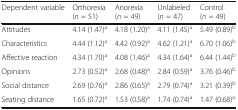
| Dependent variable | Orthorexia(n = 51) | Anorexia(n = 49) | Unlabeled(n = 47) | Control(n = 49) |
 | --- | --- | --- | --- | --- |
 | Attitudes | 4.14 (1.47)a | 4.18 (1.20)a | 4.11 (1.45)a | 5.49 (0.89)b |
 | Characteristics | 4.44 (1.12)a | 4.42 (0.92)a | 4.62 (1.21)a | 6.70 (1.06)b |
 | Affective reaction | 4.34 (1.70)a | 4.08 (1.46)a | 4.34 (1.64)a | 6.44 (1.44)b |
 | Opinions | 2.73 (0.52)a | 2.68 (0.48)a | 2.84 (0.59)a | 3.76 (0.46)b |
 | Social distance | 2.69 (0.76)a | 2.86 (0.65)a | 2.79 (0.74)a | 3.21 (0.39)b |
 | Seating distance | 1.65 (0.72)a | 1.53 (0.58)a | 1.74 (0.74)a | 1.47 (0.68)a |